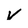
Character: V